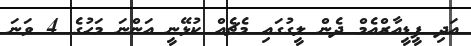
އަދި ޕީޑީއާރްއެމް ދެން ލީގުގައި މެޗެއް ކުޅޭނީ އަންނަ މަހުގެ 4 ވަނަ